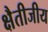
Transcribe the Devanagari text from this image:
क्षैतीजीय